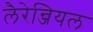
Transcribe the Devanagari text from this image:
लैरेन्जियल